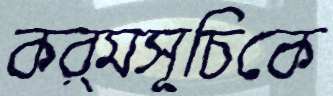
কর্মসূচিকে